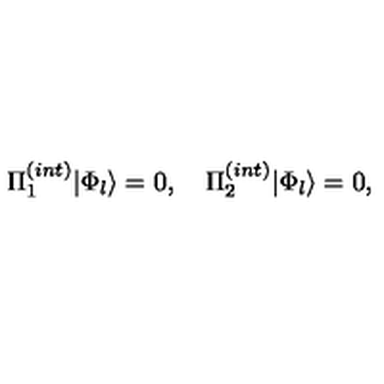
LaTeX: \Pi _ { 1 } ^ { ( i n t ) } | \Phi _ { l } \rangle = 0 , \quad \Pi _ { 2 } ^ { ( i n t ) } | \Phi _ { l } \rangle = 0 ,